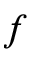
f